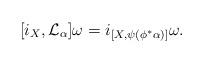
LaTeX: \begin{gather*} [i_X,\mathcal{L}_{\alpha}]\omega= i_{[X,\psi(\phi^*\alpha)]}\omega. \end{gather*}